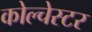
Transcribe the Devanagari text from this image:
कोल्चेस्टर